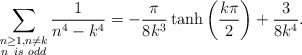
\begin{align*}\sum_{\substack{{n\geq1},{n\neq{k}}\\ n\ is\ odd}}\frac{1}{{n}^4-{{k}^4}}=-\frac{\pi}{8k^3}\tanh\left(\frac{k\pi}{2}\right)+\frac{3}{8k^4}.\end{align*}